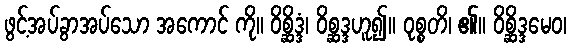
ဖွင့်အပ်ခွာအပ်သော အကောင် ကို။ ဝိစ္ဆိဒ္ဒံ၊ ဝိစ္ဆဒ္ဒဟူ၍။ ဝုစ္စတိ၊ ၏။ ဝိစ္ဆိဒ္ဒမေဝ၊